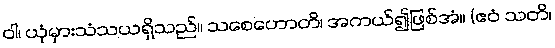
ဝါ၊ ယုံမှားသံသယရှိသည်။ သစေဟောတိ၊ အကယ်၍ဖြစ်အံ။ (ဧဝံ သတိ၊